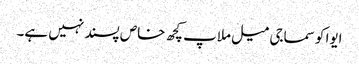
ایوا کو سماجی میل ملاپ کچھ خاص پسند نہیں ہے۔